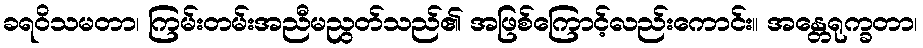
ခရဝိသမတာ၊ ကြမ်းတမ်းအညီမညွတ်သည်၏ အဖြစ်ကြောင့်လည်းကောင်း။ အန္တေရုက္ခတာ၊